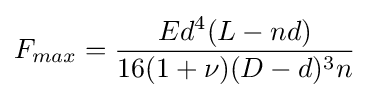
F_{max}={\frac {Ed^{4}(L-nd)}{16(1+\nu )(D-d)^{3}n}}\